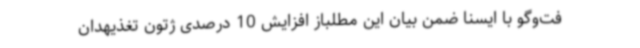
فت‌وگو با ایسنا ضمن بیان این مطلباز افزایش 10 درصدی ژتون تغذیهدان